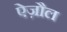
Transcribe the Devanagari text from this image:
ऐज़ौल